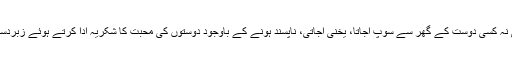
ہر روز کسی نہ کسی دوست کے گھر سے سوپ آجاتا، یخنی آجاتی، ناپسند ہونے کے باوجود دوستوں کی محبت کا شکریہ ادا کرتے ہوئے زبردستی پیتی رہی۔